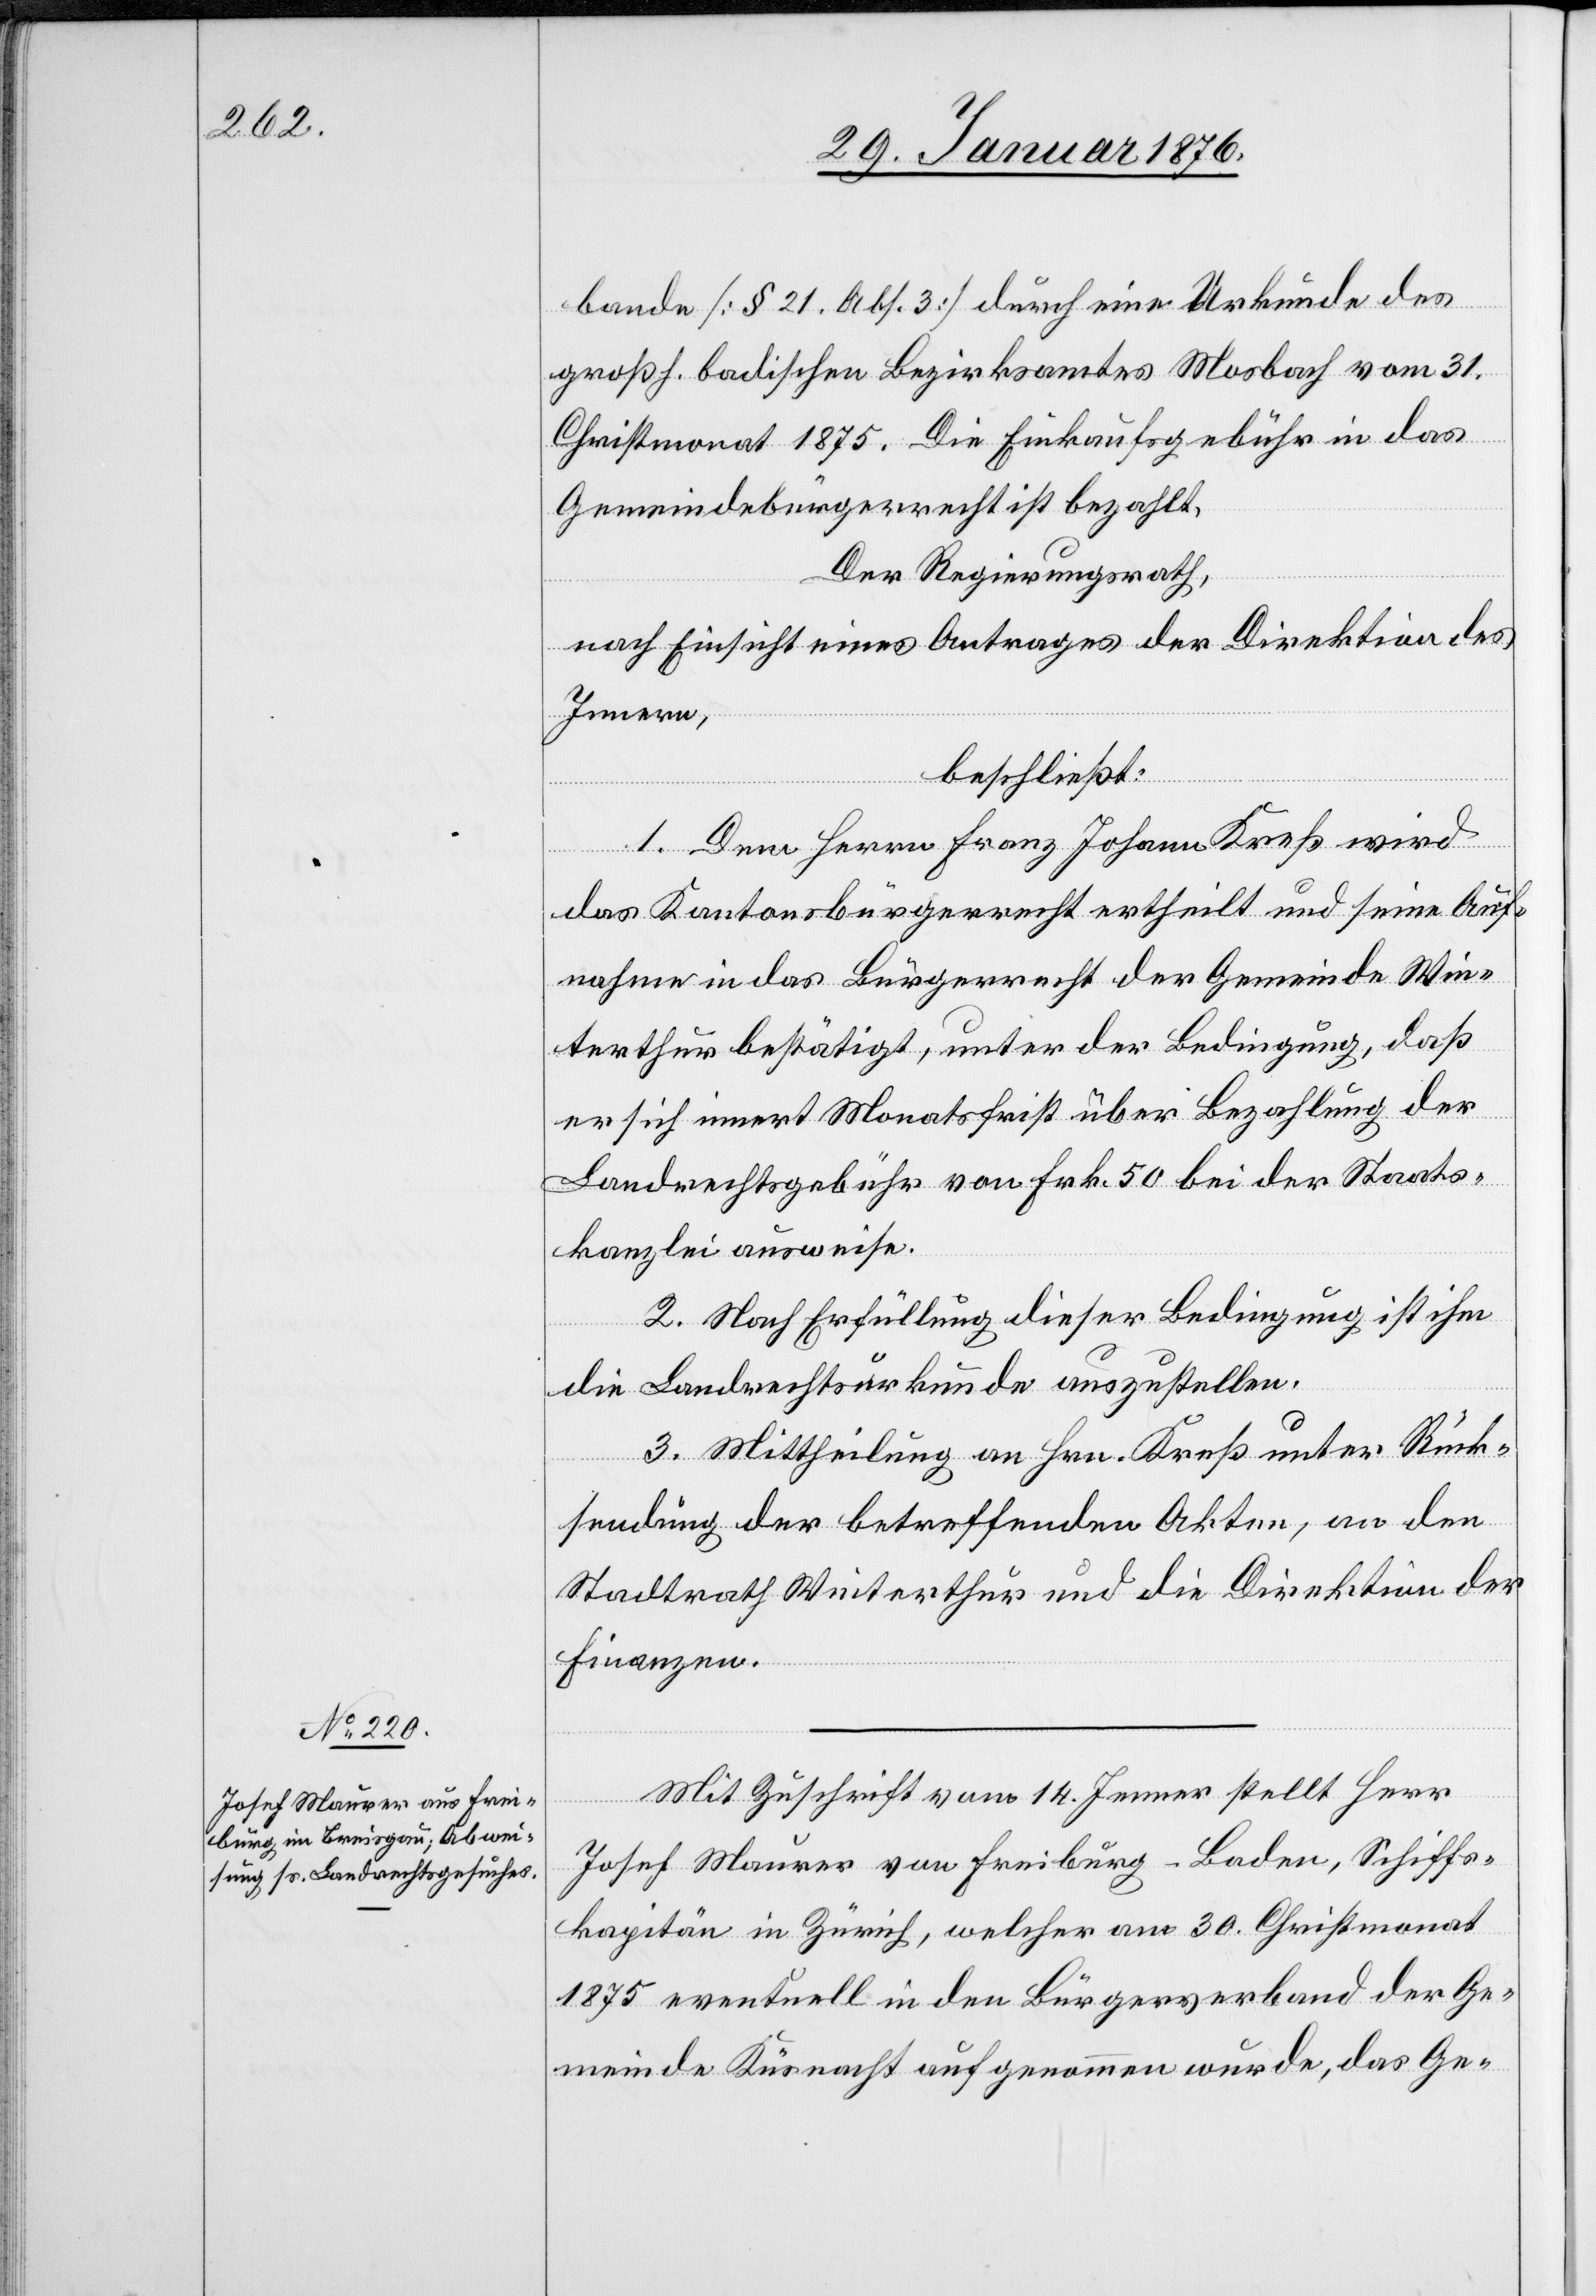
Mit Zuschrift vom 14. Jenner stellt Herr
Josef Maurer von Freiburg-Baden, Schiffs¬
kapitän in Zürich, welcher am 30. Christmonat
1875 eventuell in den Bürgerverband der Ge¬
meinde Küsnacht aufgenommen wurde, das Ge-